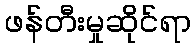
ဖန်တီးမှုဆိုင်ရာ